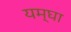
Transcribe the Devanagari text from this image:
यम्घा